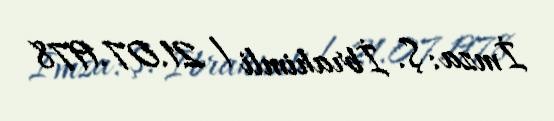
İmza: Ş. İbrahimli / 21.07.1978